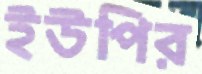
ইউপির